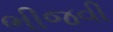
ભીજવી